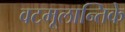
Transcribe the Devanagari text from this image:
वटमूलान्तिके